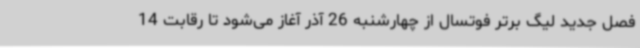
فصل جدید لیگ برتر فوتسال از چهارشنبه 26 آذر آغاز می‌شود تا رقابت 14